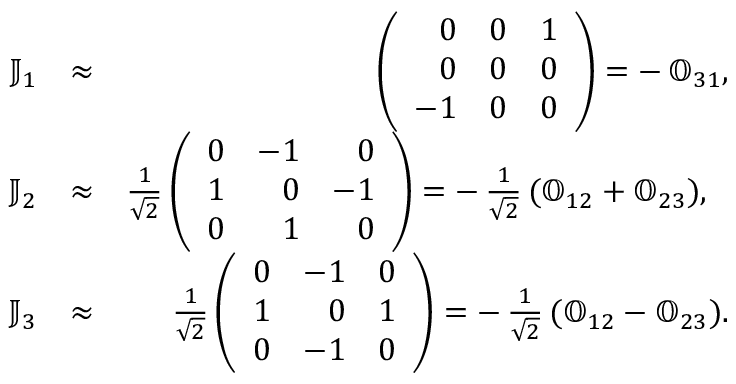
\begin{array} { r l r } { \mathbb J _ { 1 } } & { \approx } & { \left( \begin{array} { r r r } { 0 } & { 0 } & { 1 } \\ { 0 } & { 0 } & { 0 } \\ { - 1 } & { 0 } & { 0 } \end{array} \right) = - \, \mathbb O _ { 3 1 } , } \\ { \mathbb J _ { 2 } } & { \approx } & { \frac { 1 } { \sqrt { 2 } } \left( \begin{array} { r r r } { 0 } & { - 1 } & { 0 } \\ { 1 } & { 0 } & { - 1 } \\ { 0 } & { 1 } & { 0 } \end{array} \right) = - \, \frac { 1 } { \sqrt { 2 } } \, ( \mathbb O _ { 1 2 } + \mathbb O _ { 2 3 } ) , ~ ~ } \\ { \mathbb J _ { 3 } } & { \approx } & { \frac { 1 } { \sqrt { 2 } } \left( \begin{array} { r r r } { 0 } & { - 1 } & { 0 } \\ { 1 } & { 0 } & { 1 } \\ { 0 } & { - 1 } & { 0 } \end{array} \right) = - \, \frac { 1 } { \sqrt { 2 } } \, ( \mathbb O _ { 1 2 } - \mathbb O _ { 2 3 } ) . } \end{array}